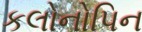
કલોનોપિન